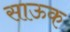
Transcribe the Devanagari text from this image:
साऊक